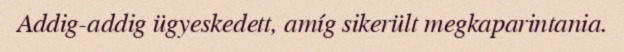
Addig-addig ügyeskedett, amíg sikerült megkaparintania.